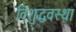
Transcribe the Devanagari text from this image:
विशुद्धवस्था